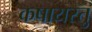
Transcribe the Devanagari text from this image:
कषायस्तु